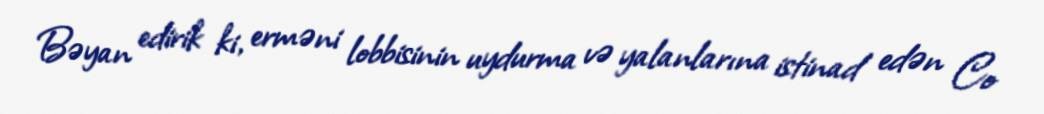
Bəyan edirik ki, erməni lobbisinin uydurma və yalanlarına istinad edən Co